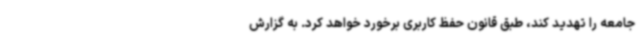
جامعه را تهدید کند، طبق قانون حفظ کاربری برخورد خواهد کرد. به گزارش